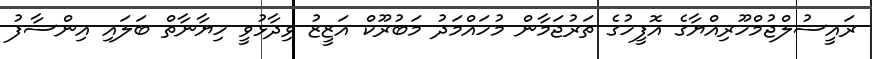
ރައީސުލްޖުމްހޫރިއްޔާގެ އޮފީހުގެ ތަރުޖަމާން މުހައްމަދު މަބުރޫކް އަޒީޒު ވިދާޅުވީ ހިޔާނާތް ބަލައި އިންސާފު